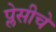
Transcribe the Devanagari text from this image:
प्लेसीचे